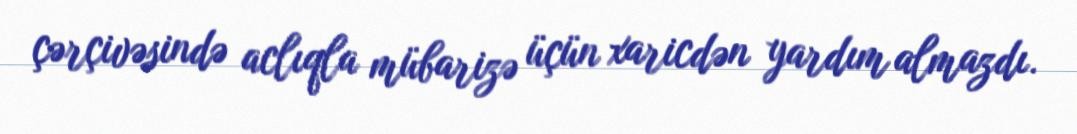
çərçivəsində aclıqla mübarizə üçün xaricdən yardım almazdı.